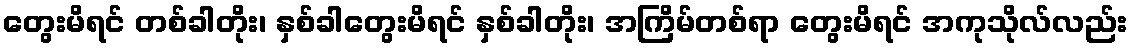
တွေးမိရင် တစ်ခါတိုး၊ နှစ်ခါတွေးမိရင် နှစ်ခါတိုး၊ အကြိမ်တစ်ရာ တွေးမိရင် အကုသိုလ်လည်း